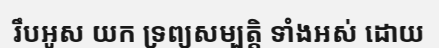
រឹបអូស យក ទ្រព្យសម្បត្តិ ទាំងអស់ ដោយ